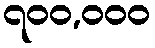
၇၀၀,၀၀၀